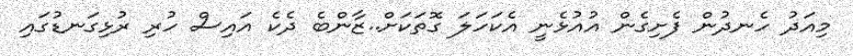
މިއަދު ހެނދުން ފެށިގެން އުއުޅެނީ އެކަހަލަ ގޮތަކަށް..ޒާންބެ ދެކެ އައިސް ހުރި ރުޅިގަނޑުގައި